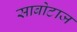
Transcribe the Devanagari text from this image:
साबोटाज